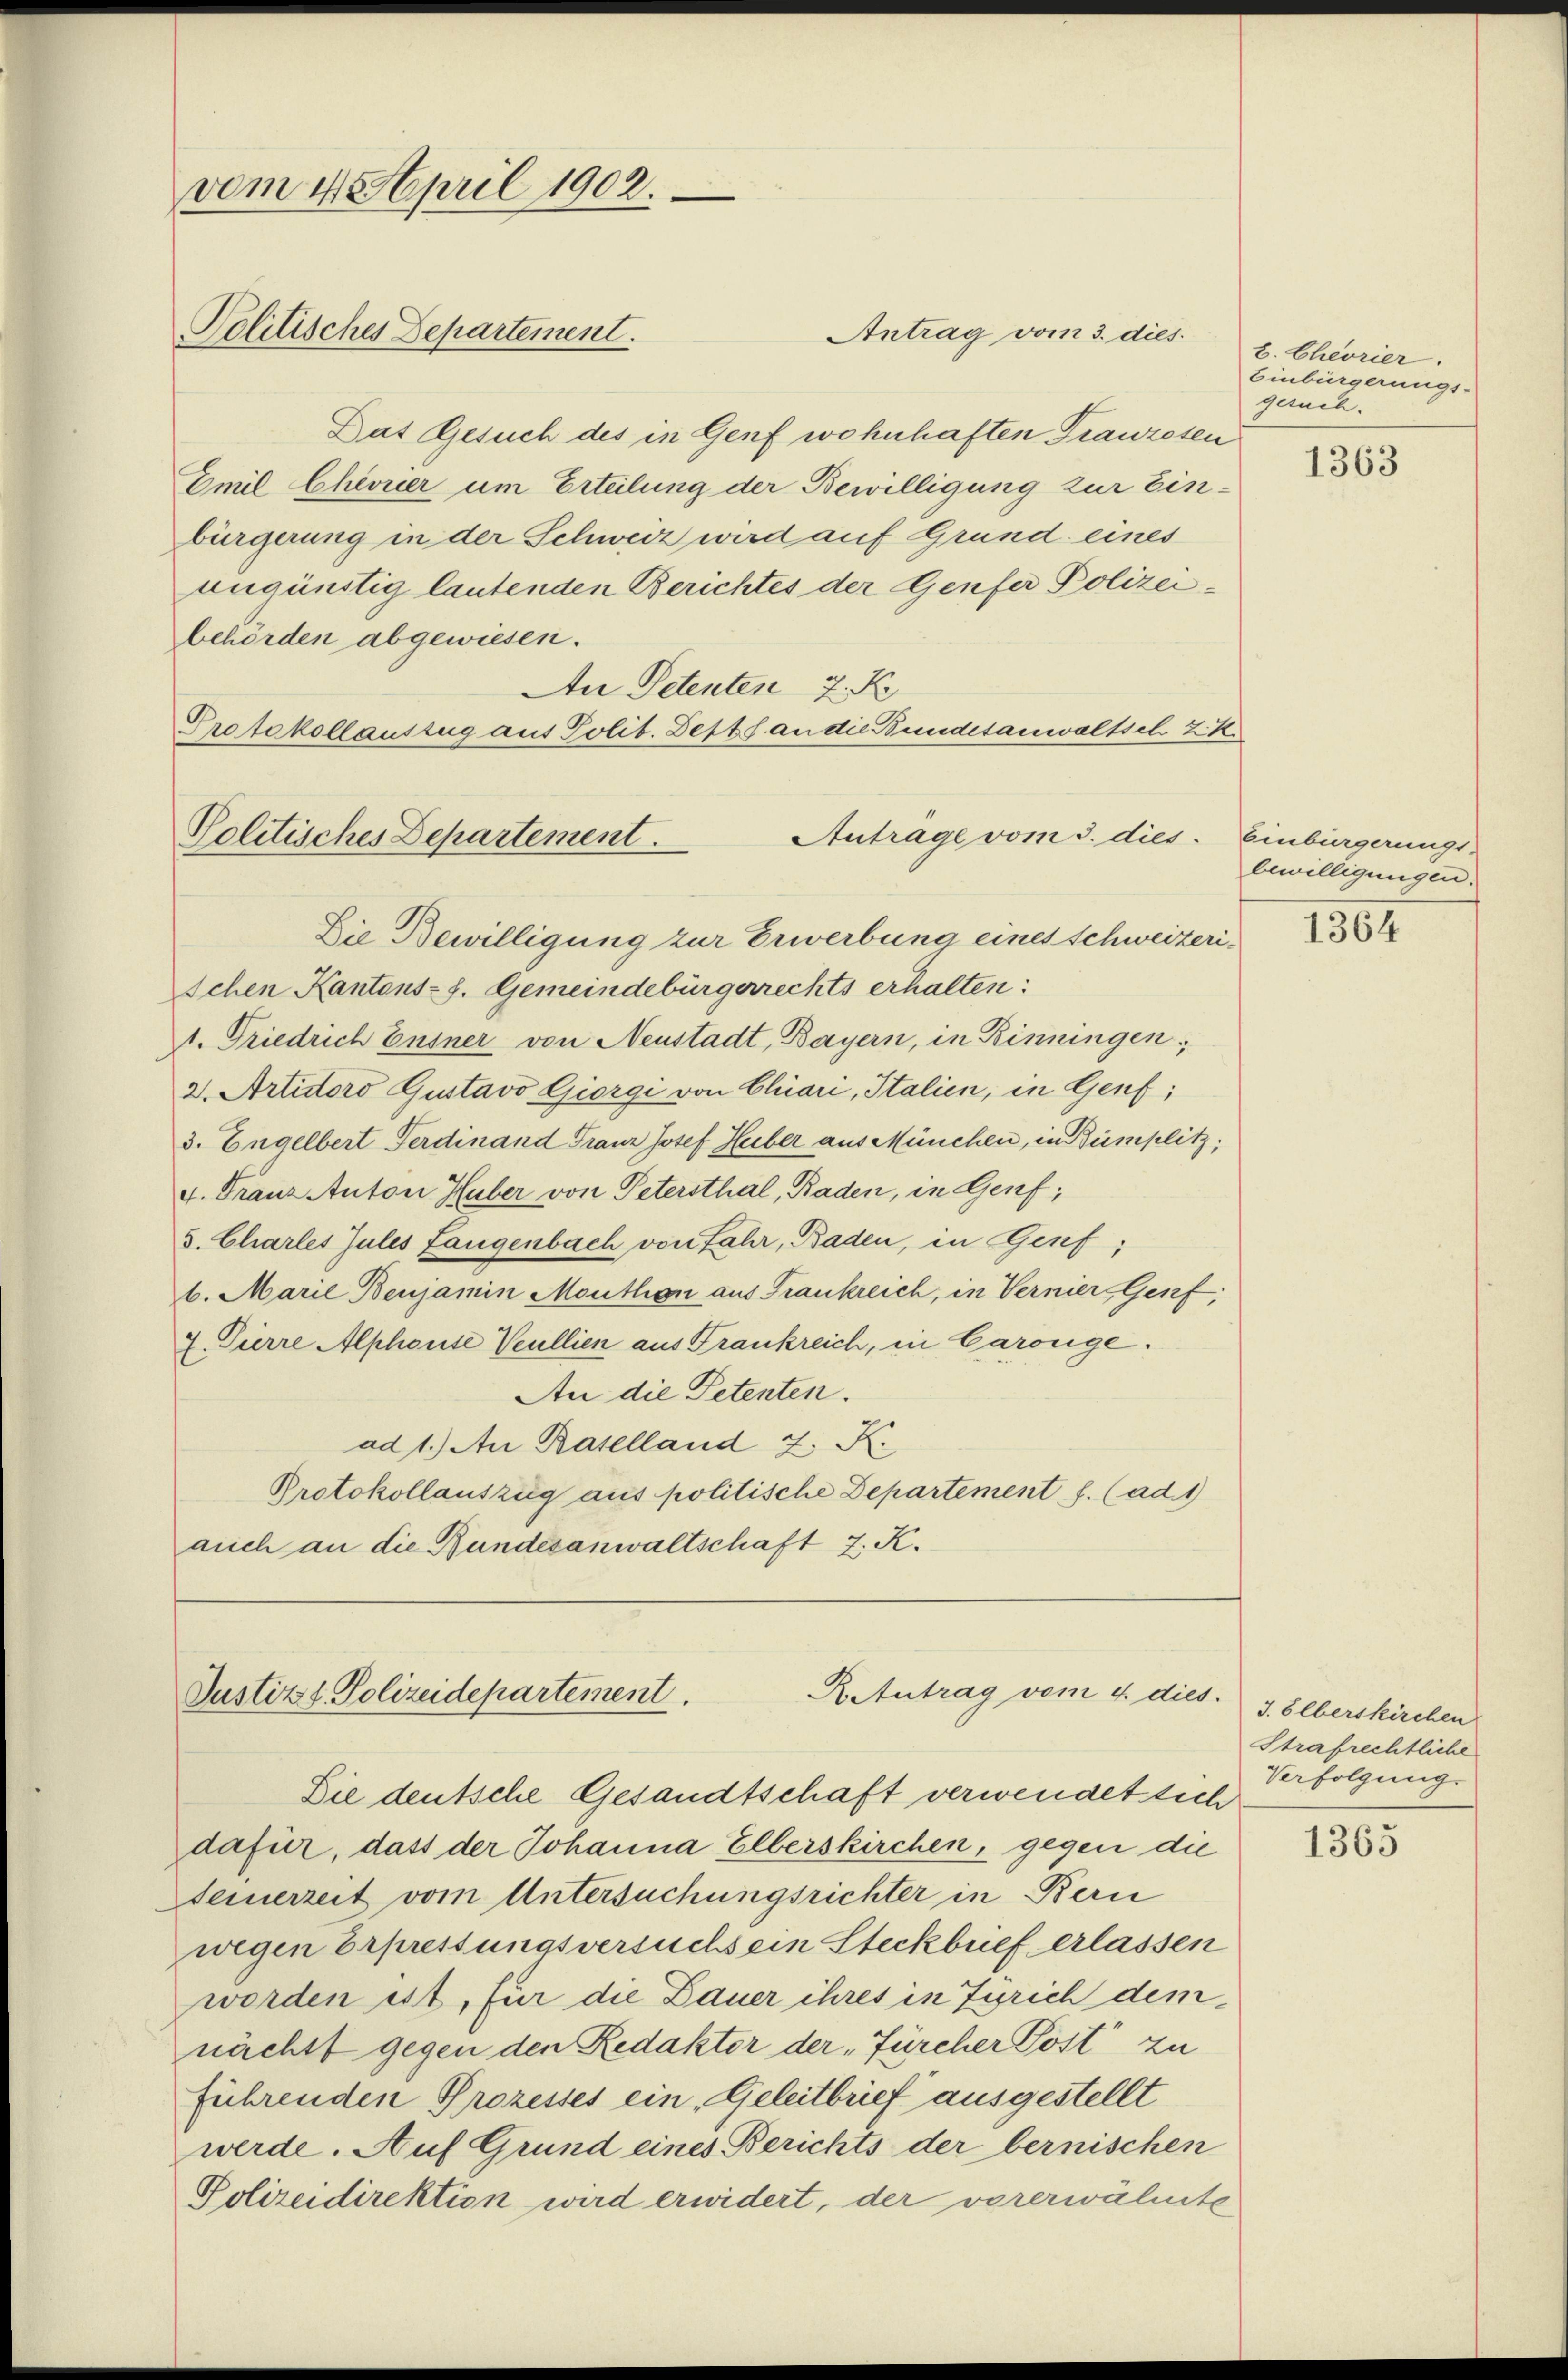
vom 4. April 1902.
Politisches Departement.

Politisches Departement.

Antrag vom 3. dies.

Das Gesuch des in Genf wohnhaften Franzesen
Emil Chevuer um Erteilung der Bewilligung zur Einbürgerung in der Schweiz wird auf Grund eines
angünstig lautenden Berichtes der Genfer Polizeibehörden abgewiesen.
An Petenten 7. No
Protokollauszug aus Polit. Depts an die Bundesanwaltsel 2. K.
Antrage vom 3. dies
Die Bewilligung zur Erwerbung eines Schweizeri-
schen Kantons-S. Gemeindebürgerrechts erhalten:
1. Friedrich Ensner von Neustadt, Bayern, in Rinningen,
3. Artitoro Gustavo Giorgi von Chiari, Italien, in Genf;
3. Engelbert Ferdinand Franz Josef Huber aus München, in Bümplitz,
4. Franz Anton Huber von Petersthal, Baden, in Genf,
3. Charles Zules Langenbach von Fahr, Baden, in Genf,
6. Marie Benjamin Mouthon aus Frankreich, in Vernier-Gesef,
7. Pierre Alphonse Veullien aus Frankreich, in Carouge.
An die Petenten.
ad 1.) An Raselland z. K.
Protokollauszug aus politische Departement f. (ad 1
auch an die Bundesanwaltschaft 7. K.

R. Antrag vom 4 dies
Justiz & Polizeidepartement.

Die deutsche Gesandtschaft verwendet sich
dafür, dass der Johanna Elberskirchen, gegen die
Feierzeit vom Untersuchungsrichter in Bern
wegen Erpressungsversuchs ein Steckbrief erlassen
worden ist, für die Dauer ihres in Zürich dem
nächst gegen den Redaktor der „Fürcher Post zu
führenden Prozesses ein Geleitbrief ausgestellt
werde. Auf Grund eines Berichts der bernischen
Polizeidirektion wird erwidert, der vorerwähnte

t. Cheorier.
Einbürgerungs-
gesuch.

1363

Einbürgerungs
bewilligungen.

1364

J. Olberskirchen
Strafrechtliche
Verfolgung.

1365